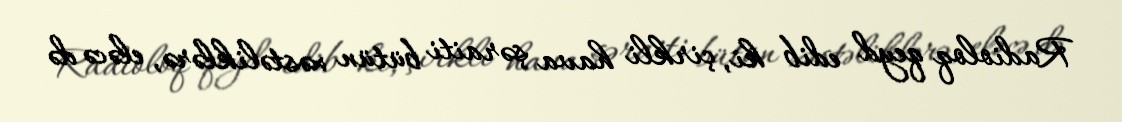
Radioloq qeyd edib ki, çirkli hava şəraiti bütün xəstəliklərə, eləcə də